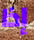
إذا